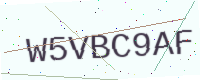
Text: W5VBC9AF